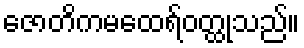
ဇောတိကမထေရ်ဝတ္ထုသည်။